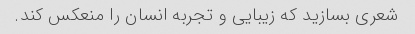
شعری بسازید که زیبایی و تجربه انسان را منعکس کند.